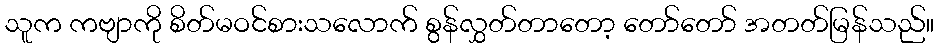
သူက ကဗျာကို စိတ်မဝင်စားသလောက် စွန်လွှတ်တာတော့ တော်တော် အတတ်မြန်သည်။